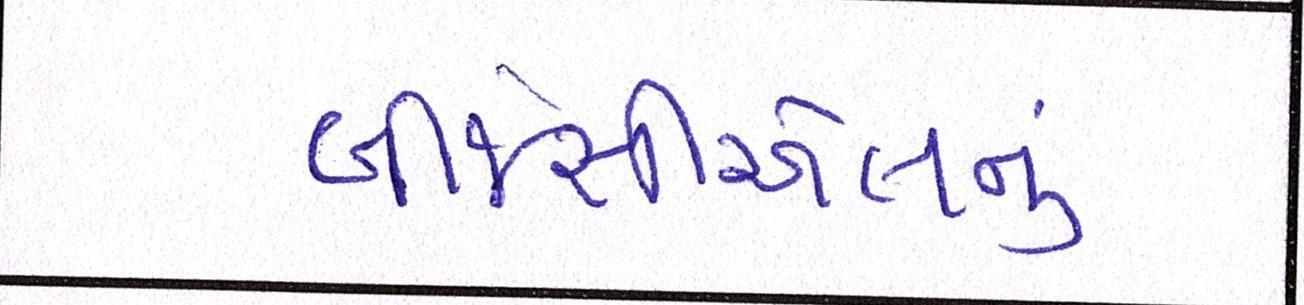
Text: બીજેસીએલનું